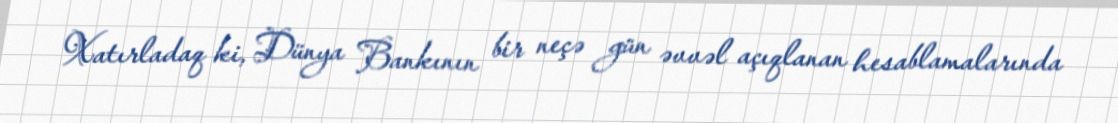
Xatırladaq ki, Dünya Bankının bir neçə gün əvvəl açıqlanan hesablamalarında